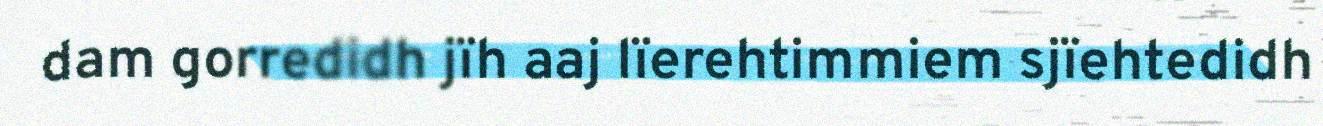
dam gorredidh jïh aaj lïerehtimmiem sjïehtedidh